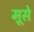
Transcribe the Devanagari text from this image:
मूसे